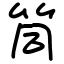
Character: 筒